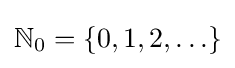
\mathbb {N} _{0}=\{0,1,2,\ldots \}